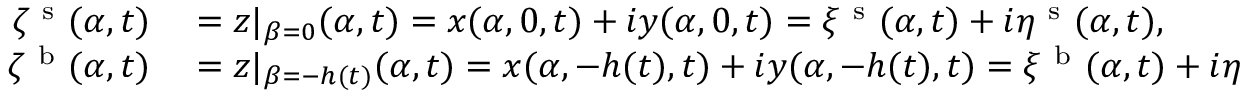
\begin{array} { r l } { \zeta ^ { \mathrm { ~ s ~ } } ( \alpha , t ) } & { { } = z | _ { \beta = 0 } ( \alpha , t ) = x ( \alpha , 0 , t ) + i y ( \alpha , 0 , t ) = \xi ^ { \mathrm { ~ s ~ } } ( \alpha , t ) + i \eta ^ { \mathrm { ~ s ~ } } ( \alpha , t ) , } \\ { \zeta ^ { \mathrm { ~ b ~ } } ( \alpha , t ) } & { { } = z | _ { \beta = - h ( t ) } ( \alpha , t ) = x ( \alpha , - h ( t ) , t ) + i y ( \alpha , - h ( t ) , t ) = \xi ^ { \mathrm { ~ b ~ } } ( \alpha , t ) + i \eta ^ { \mathrm { ~ b ~ } } ( \alpha , t ) , } \end{array}